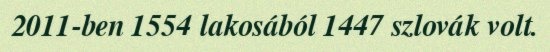
2011-ben 1554 lakosából 1447 szlovák volt.